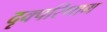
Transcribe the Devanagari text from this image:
दृक्परिणाम